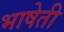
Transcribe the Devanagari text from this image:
भाषेती